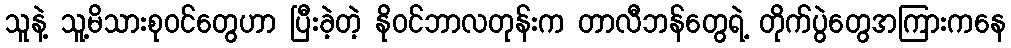
သူနဲ့ သူ့မိသားစုဝင်တွေဟာ ပြီးခဲ့တဲ့ နိုဝင်ဘာလတုန်းက တာလီဘန်တွေရဲ့ တိုက်ပွဲတွေအကြားကနေ